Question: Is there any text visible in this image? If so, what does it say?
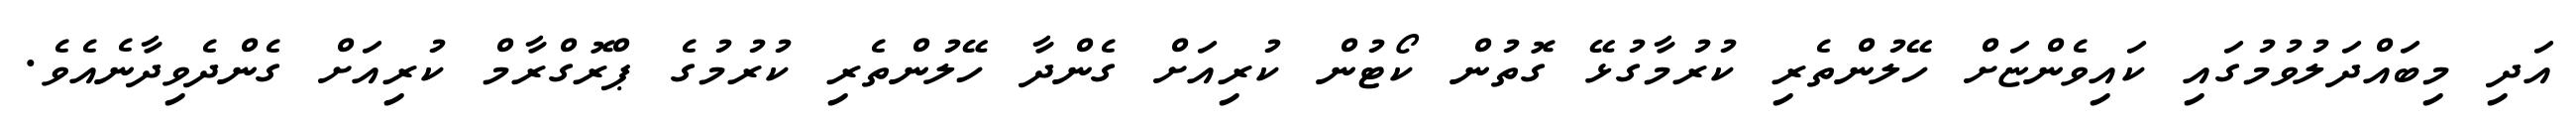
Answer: އަދި މިބައްދަލުވުމުގައި ކައިވެންޏަށް ހޭލުންތެރި ކުރުމާގުޅޭ ގޮތުން ކޯޓުން ކުރިއަށް ގެންދާ ހޭލުންތެރި ކުރުމުގެ ޕްރޮގްރާމް ކުރިއަށް ގެންދެވިދާނެއެވެ.